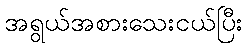
အရွယ်အစားသေးငယ်ပြီး